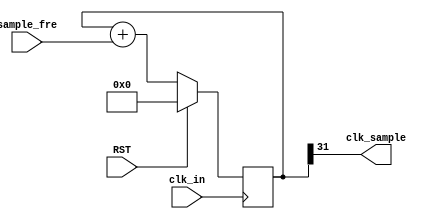
module CLK_Sample # (
	parameter PHASE_WIDTH = 32
) (
    input                    clk_in,
    input                    RST,
    input  [PHASE_WIDTH-1:0] sample_fre,
    output		             clk_sample
);

reg  [PHASE_WIDTH-1:0] addr_r = 0;
always @(posedge clk_in) begin
	if (RST) 
		addr_r <= 32'd0;
	else 
		addr_r <= addr_r + sample_fre;
end
assign clk_sample = addr_r[PHASE_WIDTH-1];

endmodule